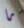
ما